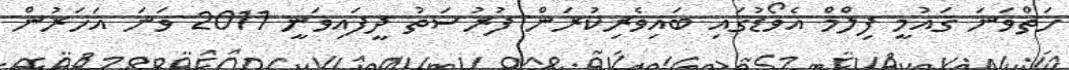
ހަތްވަނަ ގައުމީ ފިލްމް އެވޯޑުގައި ބައިވެރިކުރަން ފުރުސަތު ދީފައިވަނީ 2011 ވަަނަ އަހަރުން